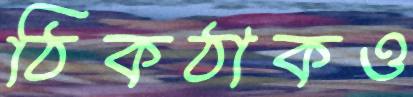
ঠিকঠাকও